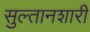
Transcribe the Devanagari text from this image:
सुल्तानशारी